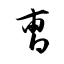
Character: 曺